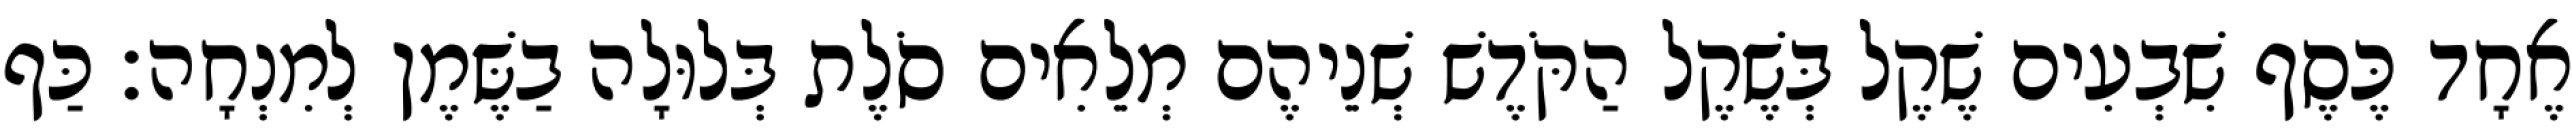
אֶחָד כֶּסֶף שִׁבְעִים שֶׁקֶל בְּשֶׁקֶל הַקֹּדֶשׁ שְׁנֵיהֶם מְלֵאִים סֹלֶת בְּלוּלָה בַשֶּׁמֶן לְמִנְחָה׃ כַּף